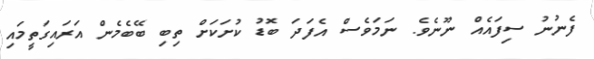
ފެނުނު ސިފައެއް ނޫނެވެ. ނަމަވެސް އެފަދަ ބޮޑު ކުށަކަށް ތިބި ބޭބެމެން އަރައިގަތީމައި